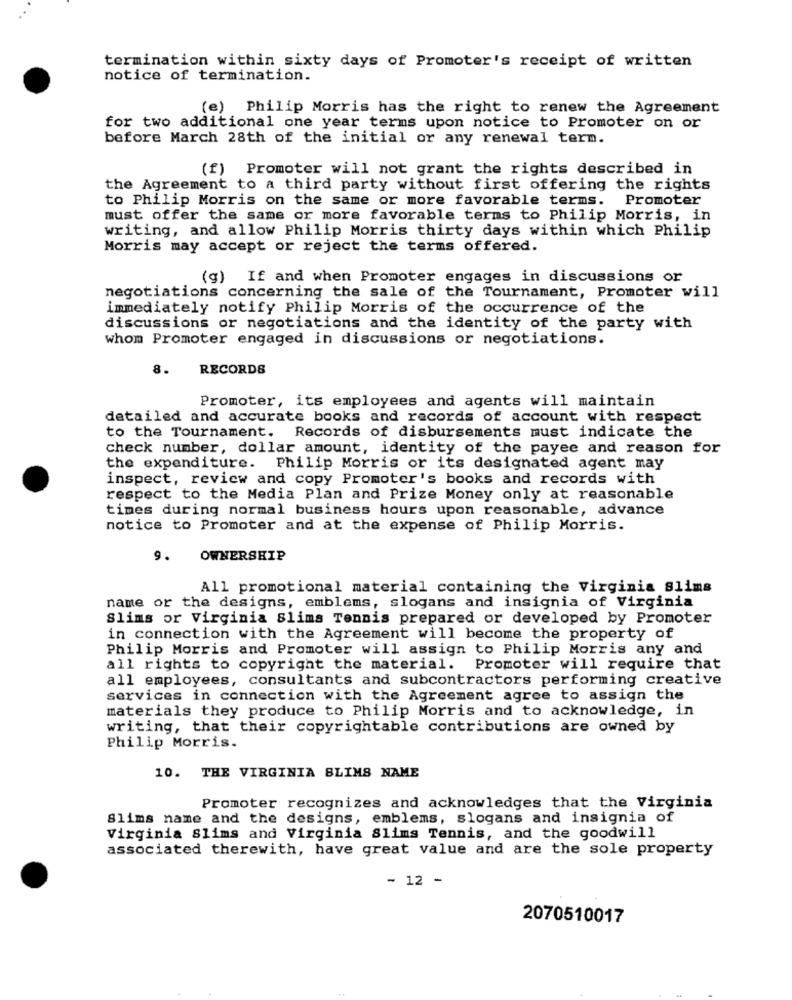
termination within sixty days of Promoter's receipt of written
notice of termination.
(e) Philip Morris has the right to renew the Agreement
for two additional one year terms upon notice to Promoter on or
before March 28th of the initial or any renewal term.
(f) Promoter will not grant the rights described in
the Agreement to a third party without first offering the rights
to Philip Morris on the same or more favorable terms. Promoter
must offer the same or more favorable terms to Philip Morris, in
writing, and allow Philip Morris thirty days within which Philip
Morris may accept or reject the terms offered.
(g) If and when Promoter engages in discussions or
negotiations concerning the sale of the Tournament, Promoter will
immediately notify Philip Morris of the occurrence of the
discussions or negotiations and the identity of the party with
whom Promoter engaged in discussions or negotiations.
8.
RECORDS
Promoter, its employees and agents will maintain
detailed and accurate books and records of account with respect
to the Tournament. Records of disbursements must indicate the
check number, dollar amount, identity of the payee and reason for
the expenditure. Philip Morris or its designated agent may
inspect, review and copy Promoter's books and records with
respect to the Media Plan and Prize Money only at reasonable
times during normal business hours upon reasonable, advance
notice to Promoter and at the expense of Philip Morris.
9.
OWNERSHIP
All promotional material containing the Virginia slims
name or the designs, emblems, slogans and insignia of Virginia
Slims or Virginia slims Tennis prepared or developed by Promoter
in connection with the Agreement will become the property of
Philip Morris and Promoter will assign to Philip Morris any and
all rights to copyright the material. Promoter will require that
all employees, consultants and subcontractors performing creative
services in connection with the Agreement agree to assign the
materials they produce to Philip Morris and to acknowledge, in
writing, that their copyrightable contributions are owned by
Philip Morris.
10. THE VIRGINIA BLIMS NAME
Promoter recognizes and acknowledges that the Virginia
Slims name and the designs, emblems, slogans and insignia of
Virginia Slims and Virginia Slims Tennis, and the goodwill
associated therewith, have great value and are the sole property
- 12 -
2070510017